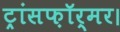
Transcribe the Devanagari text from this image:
ट्रांसफ़ॉर्मर।